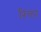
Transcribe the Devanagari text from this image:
रिक्ता